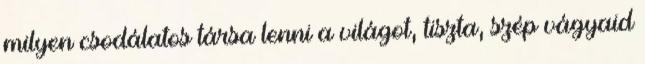
milyen csodálatos társa lenni a világot, tiszta, szép vágyaid